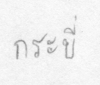
กระบี่